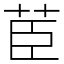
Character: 茞